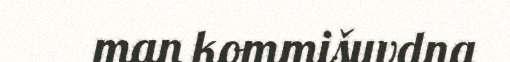
man kommišuvdna